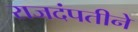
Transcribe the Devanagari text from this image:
राजदंपतीने